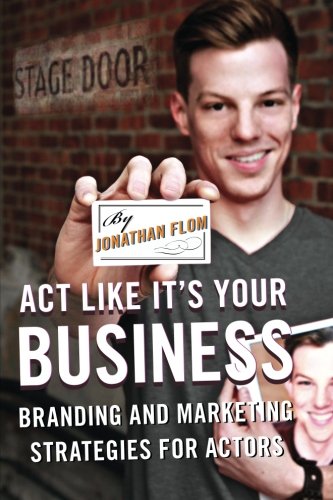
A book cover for Act Like It's Your Business: Branding and Marketing Strategies for Actors; Jonathan Flom; Business & Money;